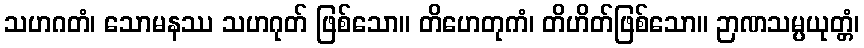
သဟဂတံ၊ သောမနဿ သဟဂုတ် ဖြစ်သော။ တိဟေတုကံ၊ တိဟိတ်ဖြစ်သော။ ဉာဏသမ္ပယုတ္တံ၊